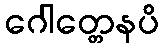
ဂေါတ္တေနပိ